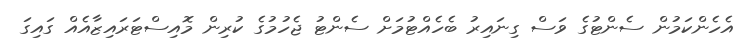
އެހެންކަމުން ސެންޓުގެ ވަސް ގިނައިރު ބެހެއްޓުމަށް ސެންޓު ޖެހުމުގެ ކުރިން މޮއިސްޓަރައިޒާއެއް ގައިގަ